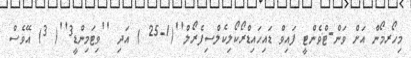
މިހޯރމޯން އަށް ވަން-ޓްވެންޓީ ފައިވް ޑައިހައިޑްރޯކޯލިކެލްސިފެރޯލް''(1-25 ) އަދި ''ވިޓަމިންޑީ3''( 3) އޭވެސް